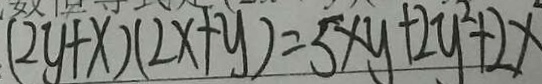
( 2 y + x ) ( 2 x + y ) = 5 x y + 2 y ^ { 2 } + 2 x